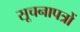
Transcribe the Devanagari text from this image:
सूचनापत्रों